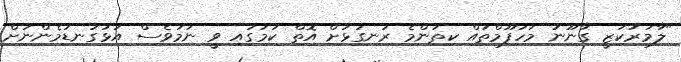
"ލާމަރުކަޒީ ގާނޫނު މަހުފޫމްތައް ކިތަންމެ ރަނގަޅަށް އޮތް ކަމުގައި ވީ ނަމަވެސް އަޅުގަނޑުމެންނަށް